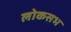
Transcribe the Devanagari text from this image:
लोकसभ